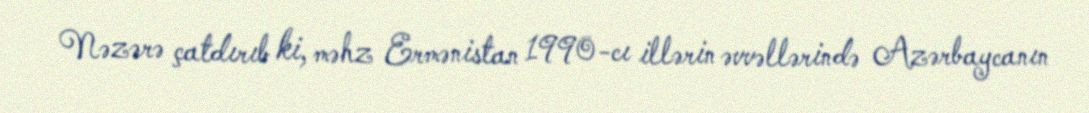
Nəzərə çatdırıb ki, məhz Ermənistan 1990-cı illərin əvvəllərində Azərbaycanın